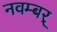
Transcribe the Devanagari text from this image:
नवम्बर्